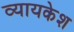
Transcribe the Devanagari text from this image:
व्यायकेश